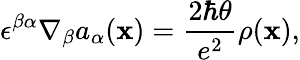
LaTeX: \epsilon^{\beta\alpha}\nabla_{\beta}a_{\alpha}({\mathbf x})={\frac{2\hbar\theta}{e^{2}}}\rho({\mathbf x}),